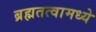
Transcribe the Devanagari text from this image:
ब्रह्मतत्वामध्ये